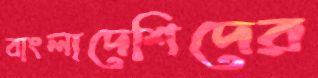
বাংলাদেশিদের